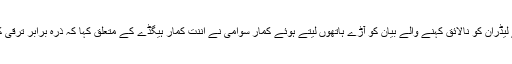
حیدرآباد کرناٹکا علاقہ کی ترقی کے لئے دوراندیشی کی کمی والے لیڈران کو نالائق کہنے والے بیان کو آڑے ہاتھوں لیتے ہوئے کمار سوامی نے اننت کمار ہیگڈے کے متعلق کہا کہ ذرہ برابر ترقی کا کام نہ کرتے ہوئے اننت کمار ہیگڈے نے خود کو نالائق کہاہے ۔